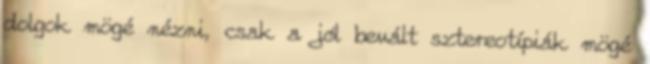
dolgok mögé nézni, csak a jól bevált sztereotípiák mögé